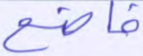
خاضع